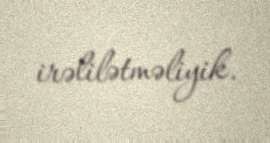
irəlilətməliyik.